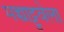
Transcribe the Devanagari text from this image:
मच्चाट्टुवेला